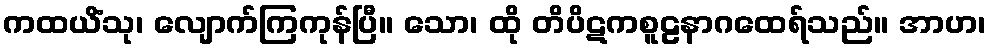
ကထယိံသု၊ လျောက်ကြကုန်ပြီ။ သော၊ ထို တိပိဋကစူဠနာဂထေရ်သည်။ အာဟ၊